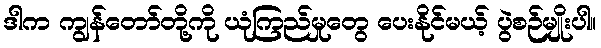
ဒါက ကျွန်တော်တို့ကို ယုံကြည်မှုတွေ ပေးနိုင်မယ့် ပွဲစဉ်မျိုးပါ။